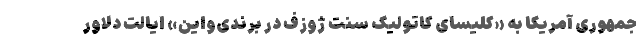
جمهوری آمریکا به «کلیسای کاتولیک سنت ژوزف در برندی‌واین» ایالت دلاور